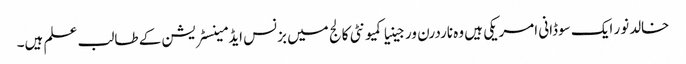
خالدنور ایک سوڈانی امریکی ہیں وہ ناردرن ورجینیا کمیونٹی کالج میں بزنس ایڈمینسٹریشن کے طالب علم ہیں۔